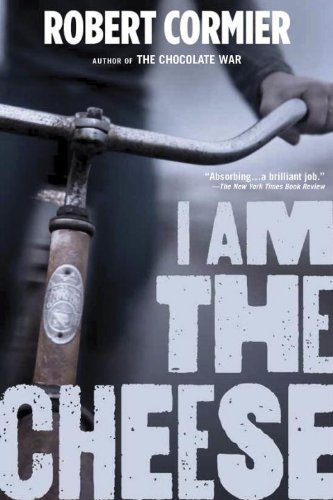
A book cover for I Am the Cheese; Robert Cormier; Teen & Young Adult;